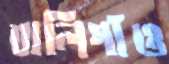
বালিগাঁও